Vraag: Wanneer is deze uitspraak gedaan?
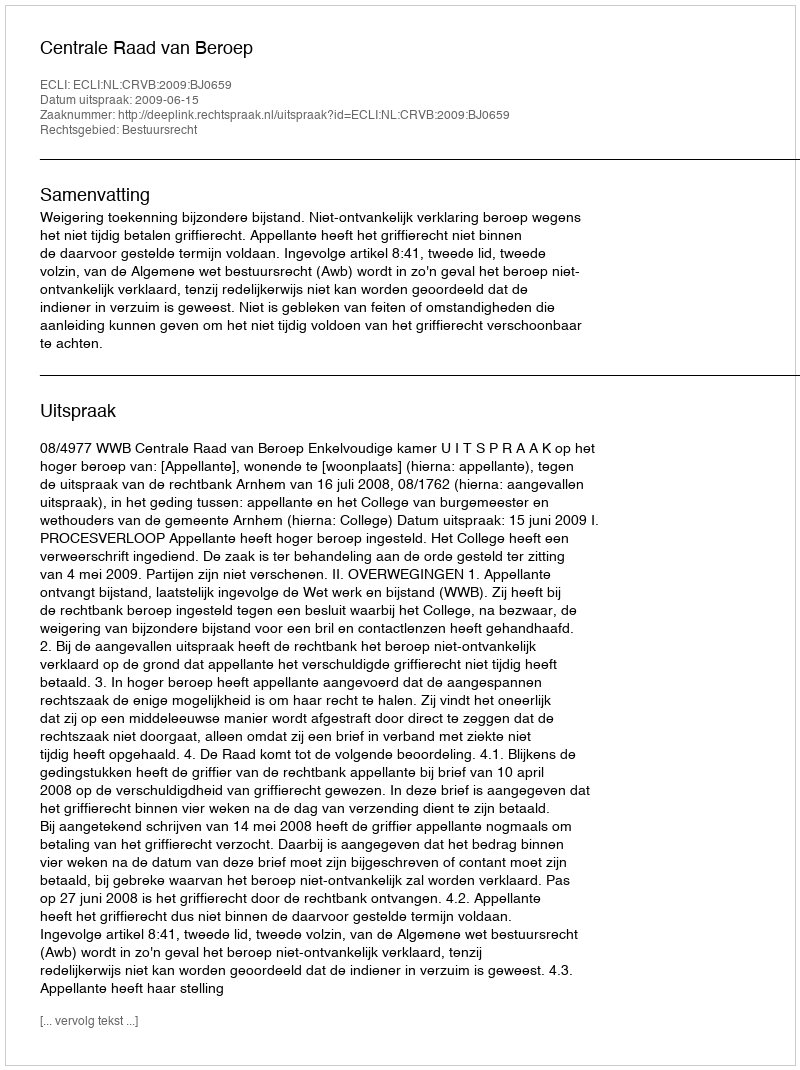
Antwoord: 2009-06-15